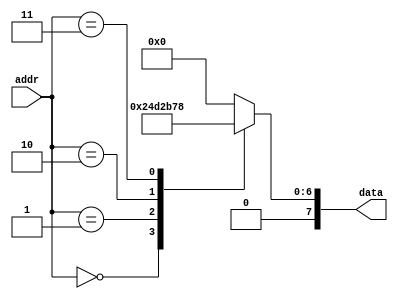
module rom_model(
    input [7:0] addr,
    output reg [7:0] data
);

always @(*)
begin
    case(addr)
        8'd0: data = 8'h12;  // Data at address 0
        8'd1: data = 8'h34;  // Data at address 1
        8'd2: data = 8'h56;  // Data at address 2
        8'd3: data = 8'h78;  // Data at address 3
        // Add more data entries as needed
        default: data = 8'h00; // Default data
    endcase
end

endmodule